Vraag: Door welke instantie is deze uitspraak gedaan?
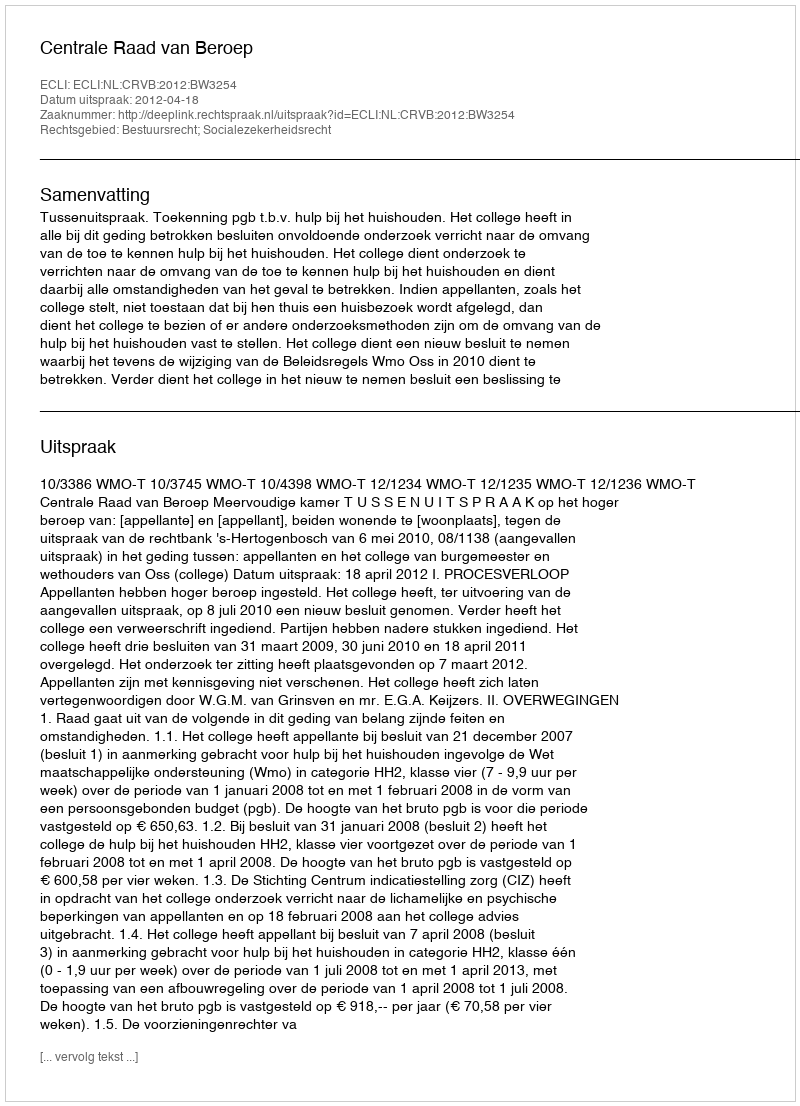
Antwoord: Centrale Raad van Beroep